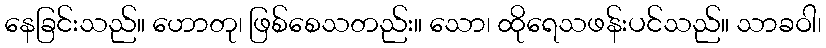
နေခြင်းသည်။ ဟောတု၊ ဖြစ်စေသတည်း။ သော၊ ထိုရေသဖန်းပင်သည်။ သာခဝါ၊